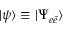
| \psi \rangle \equiv | \Psi _ { e \bar { e } } \rangle